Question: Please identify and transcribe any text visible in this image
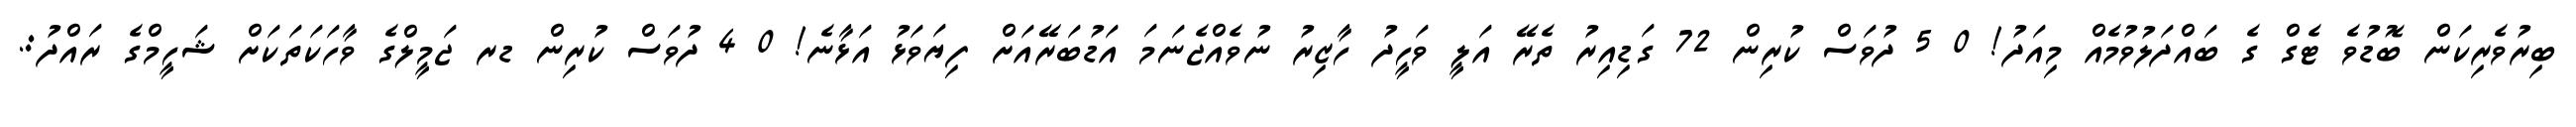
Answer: ބިރުވެރިކަން ބޮޑުވެ ޓެގް ގެ ބައްދަލުވުމެއް މިއަދު! 0 5 ދުވަސް ކުރިން 72 ގަޑިއިރު ތެރޭ އަލީ ވަހީދު ހާޒިރު ނުވެއްޖެނަމަ އަޑުބަރޭއަށް ފިޔަވަޅު އަޅާނެ! 0 4 ދުވަސް ކުރިން ޑރ ޖަމީލްގެ ވާހަކަތަކަށް ޝަހީމްގެ ރައްދު:.